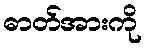
ဓာတ်အားကို